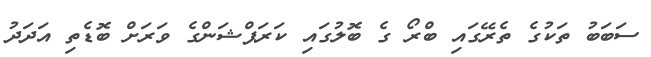
ސަބަބު ތަކުގެ ތެރޭގައި ބްރޯ ގެ ބޮލުގައި ކަރަޕްޝަންގެ ވަރަށް ބޮޑެތި އަދަދު